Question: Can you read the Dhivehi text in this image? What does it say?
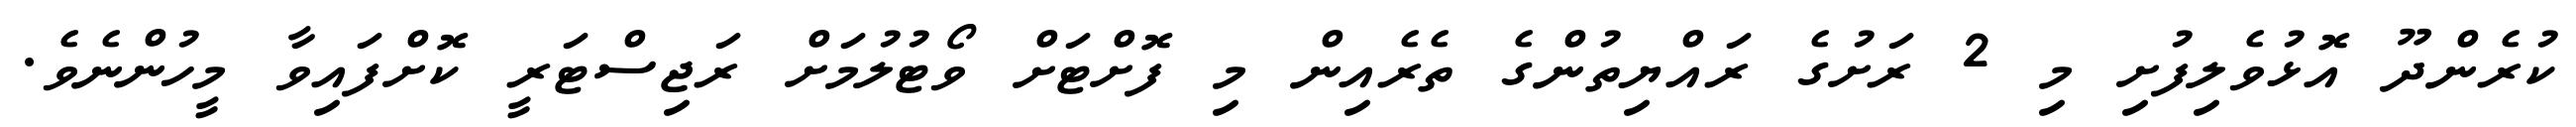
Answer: ކުރެންދޫ އޮޅުވެލިފުށި މި 2 ރަށުގެ ރައްޔިތުންގެ ތެރެއިން މި ފޮށްޓަށް ވޯޓުލުމަށް ރަޖިސްޓަރީ ކޮށްފައިވާ މީހުންނެވެ.